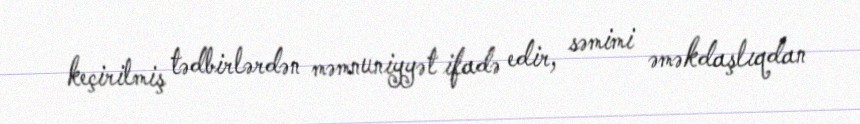
keçirilmiş tədbirlərdən məmnuniyyət ifadə edir, səmimi əməkdaşlıqdan